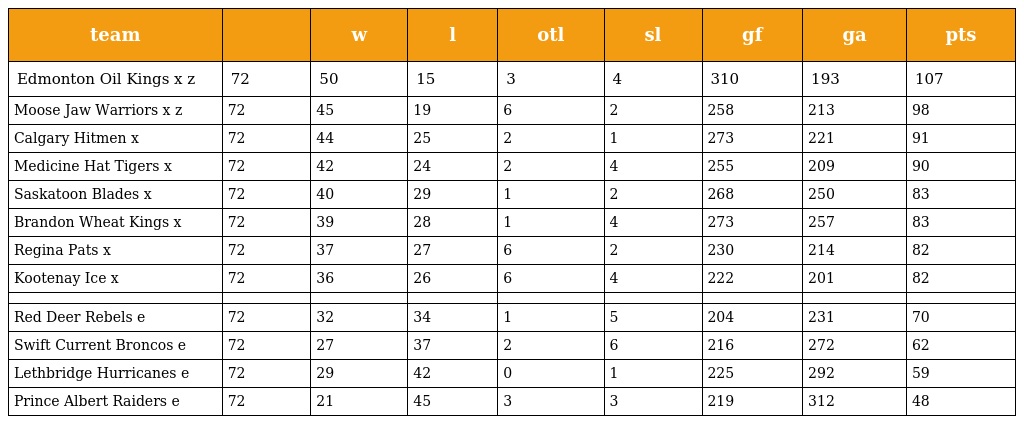
| team |  | w | l | otl | sl | gf | ga | pts |
 | --- | --- | --- | --- | --- | --- | --- | --- | --- |
 | Edmonton Oil Kings x z | 72 | 50 | 15 | 3 | 4 | 310 | 193 | 107 |
 | Moose Jaw Warriors x z | 72 | 45 | 19 | 6 | 2 | 258 | 213 | 98 |
 | Calgary Hitmen x | 72 | 44 | 25 | 2 | 1 | 273 | 221 | 91 |
 | Medicine Hat Tigers x | 72 | 42 | 24 | 2 | 4 | 255 | 209 | 90 |
 | Saskatoon Blades x | 72 | 40 | 29 | 1 | 2 | 268 | 250 | 83 |
 | Brandon Wheat Kings x | 72 | 39 | 28 | 1 | 4 | 273 | 257 | 83 |
 | Regina Pats x | 72 | 37 | 27 | 6 | 2 | 230 | 214 | 82 |
 | Kootenay Ice x | 72 | 36 | 26 | 6 | 4 | 222 | 201 | 82 |
 |  |  |  |  |  |  |  |  |  |
 | Red Deer Rebels e | 72 | 32 | 34 | 1 | 5 | 204 | 231 | 70 |
 | Swift Current Broncos e | 72 | 27 | 37 | 2 | 6 | 216 | 272 | 62 |
 | Lethbridge Hurricanes e | 72 | 29 | 42 | 0 | 1 | 225 | 292 | 59 |
 | Prince Albert Raiders e | 72 | 21 | 45 | 3 | 3 | 219 | 312 | 48 |